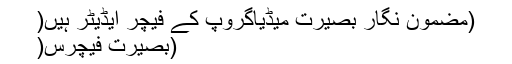
(مضمون نگار بصیرت میڈیاگروپ کے فیچر ایڈیٹر ہیں(
(بصیرت فیچرس(